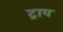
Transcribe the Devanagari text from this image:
ट्राप